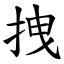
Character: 拽